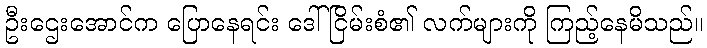
ဦးဌေးအောင်က ပြောနေရင်း ဒေါ်ငြိမ်းစံ၏ လက်များကို ကြည့်နေမိသည်။